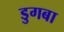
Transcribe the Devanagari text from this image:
डुगबा